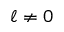
\ell \ne 0